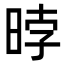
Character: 㫲